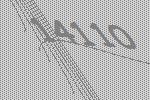
14110